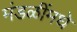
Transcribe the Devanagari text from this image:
मंडळींमधे